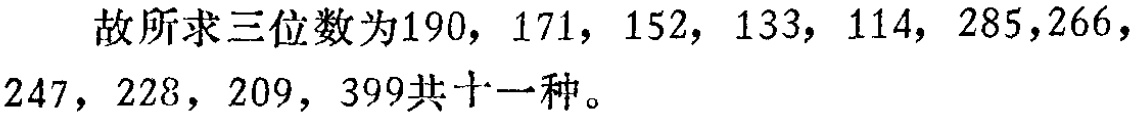
故所求三位数为\(190, 171, 152, 133, 114, 285,266,247, 228, 209, 399\)共十一种。